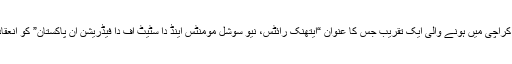
پہلے واقعے میں تیرہ اپریل کے دن حبیب یونیورسٹی کراچی میں ہونے والی ایک تقریب جس کا عنوان “ایتھنک رائٹس، نیو سوشل مومنٹس اینڈ دا سٹیٹ آف دا فیڈریشن ان پاکستان” کو انعقاد سے صرف ایک گھنٹہ پہلے زبردستی روک دیا گیا۔